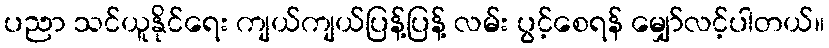
ပညာ သင်ယူနိုင်ရေး ကျယ်ကျယ်ပြန့်ပြန့် လမ်း ပွင့်စေရန် မျှော်လင့်ပါတယ်။